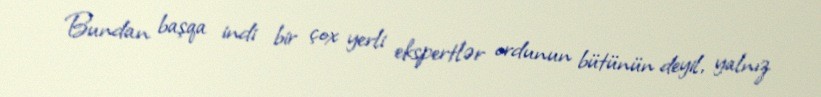
Bundan başqa indi bir çox yerli ekspertlər ordunun bütünün deyil, yalnız